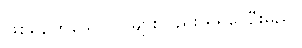
ဖြစ်နေကြသော လူများလည်း ရှိရပေဦးမည်။